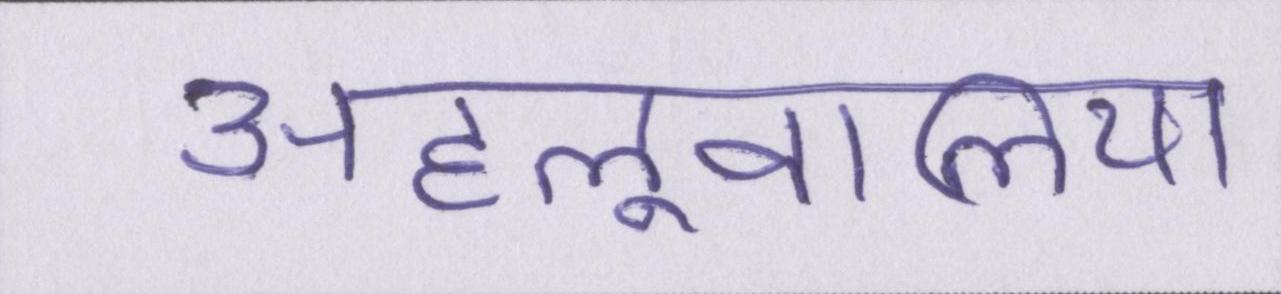
अहलूवालिया